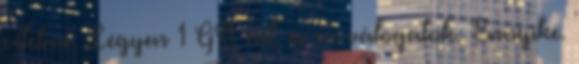
értelme. Legyen 1 GB net, és én válogatok. Ennyike.